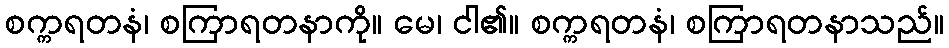
စက္ကရတနံ၊ စကြာရတနာကို။ မေ၊ ငါ၏။ စက္ကရတနံ၊ စကြာရတနာသည်။